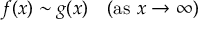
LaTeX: f ( x ) \sim g ( x ) \quad ( { \mathrm { a s ~ } } x \to \infty )